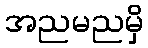
အညမညမှိ